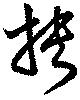
挾